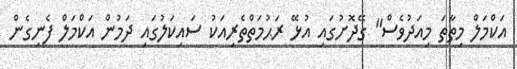
އަކްމަލް މިތާތަ މިއަދުވެސް" ގޭދޮށުގައި އުޅޭ ރަޙުމަތްތެރިއަކު ސައިކަލުގައި ދަމުން އަކްމަލް ފެނިގެން